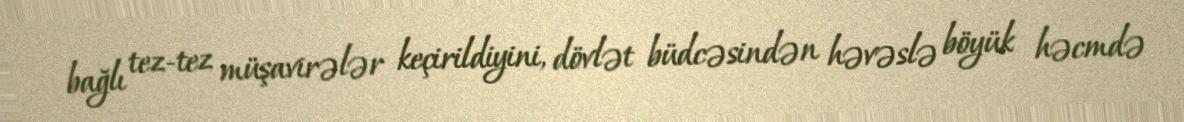
bağlı tez-tez müşavirələr keçirildiyini, dövlət büdcəsindən həvəslə böyük həcmdə